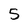
Character: 5